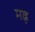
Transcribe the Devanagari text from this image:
मढ़़